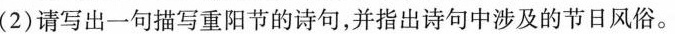
(2)请写出一句描写重阳节的诗句，并指出诗句中涉及的节日风俗。